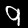
Digit: 9